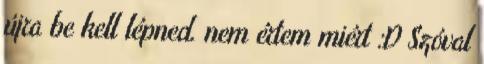
újra be kell lépned. nem értem miért :D Szóval